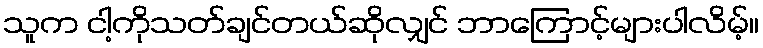
သူက ငါ့ကိုသတ်ချင်တယ်ဆိုလျှင် ဘာကြောင့်များပါလိမ့်။